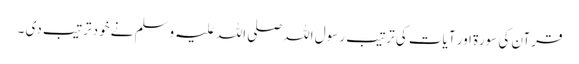
قرآن کی سورۃ‌ اور آیات کی ترتیب رسول اللہ صلی اللہ علیہ وسلم نے خود ترتیب دی ۔